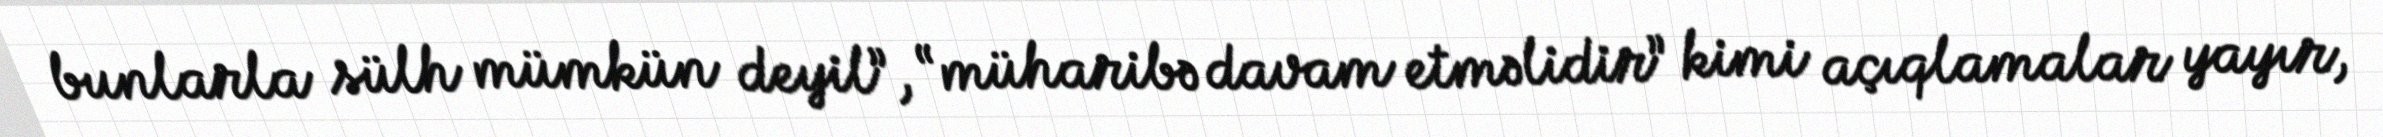
bunlarla sülh mümkün deyil”, “müharibə davam etməlidir” kimi açıqlamalar yayır,